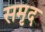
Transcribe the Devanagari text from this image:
समृद